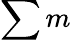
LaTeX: \sum m